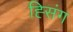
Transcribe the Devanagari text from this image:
ह्सिंग